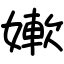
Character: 㜛